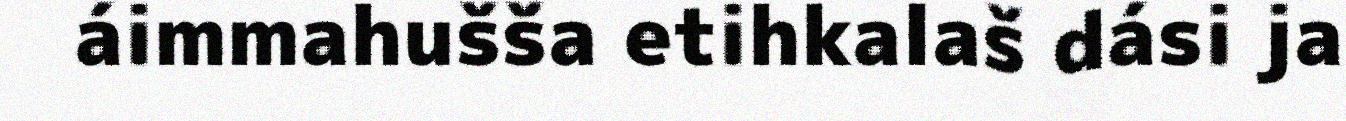
áimmahušša etihkalaš dási ja